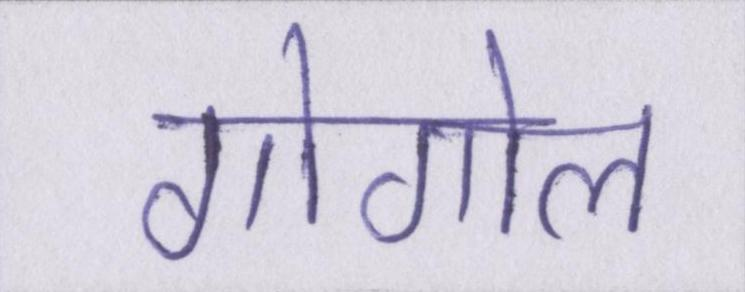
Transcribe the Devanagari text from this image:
गोगोल